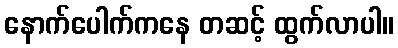
နောက်ပေါက်ကနေ တဆင့် ထွက်လာပါ။